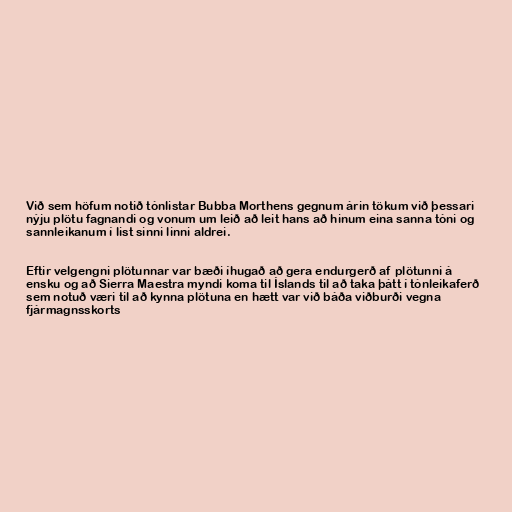
Við sem höfum notið tónlistar Bubba Morthens gegnum árin tökum við þessari
nýju plötu fagnandi og vonum um leið að leit hans að hinum eina sanna tóni og
sannleikanum í list sinni linni aldrei.

Eftir velgengni plötunnar var bæði íhugað að gera endurgerð af plötunni á
ensku og að Sierra Maestra myndi koma til Íslands til að taka þátt í tónleikaferð
sem notuð væri til að kynna plötuna en hætt var við báða viðburði vegna
fjármagnsskorts